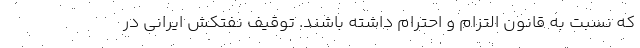
که نسبت به قانون التزام و احترام داشته باشند. توقیف نفتکش ایرانی در